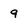
Character: 9